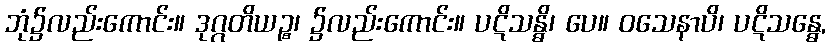
ဘုံ၌လည်းကောင်း။ ဒုဂ္ဂတိယဉ္စ၊ ၌လည်းကောင်း။ ပဋိသန္ဓိ၊ ပေ။ ဝသေနာပိ၊ ပဋိသန္ဓေ,